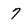
Character: 7